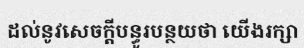
ដល់នូវសេចក្តីបន្ធូរបន្ថយថា យើងរក្សា